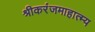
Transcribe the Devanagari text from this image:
श्रीकरंजमाहात्म्य